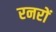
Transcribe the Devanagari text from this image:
रनरों